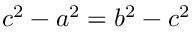
c ^ { 2 } - a ^ { 2 } = b ^ { 2 } - c ^ { 2 }